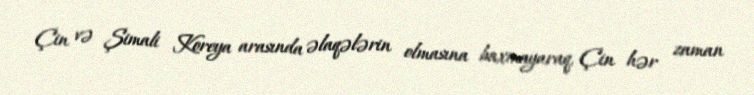
Çin və Şimali Koreya arasında əlaqələrin olmasına baxmayaraq, Çin hər zaman